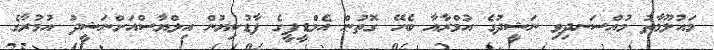
މައުލޫމާތު މުއްސަނދިވި ނަޝީދުގެ އުމްރާއާ ބެހޭ ގޮތުން އެމްޑީޕީގެ ފާޑުކިޔުން އިލްޔާސްއަށްނަޝީދު އުމުރާގެ